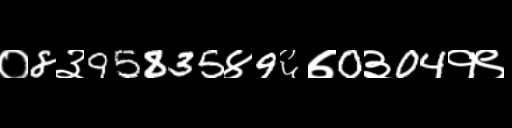
Text: ०8३95835४9६७0३04१९